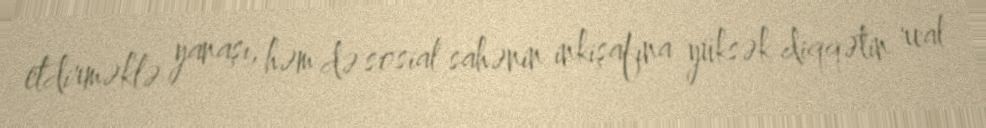
etdirməklə yanaşı, həm də sosial sahənin inkişafına yüksək diqqətin real